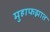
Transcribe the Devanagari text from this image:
मुहाफझात